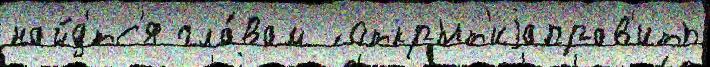
найд'́тс'я гла́вам ́ открыт'иjаправ'ить